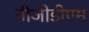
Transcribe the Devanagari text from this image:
पीजीडीएम